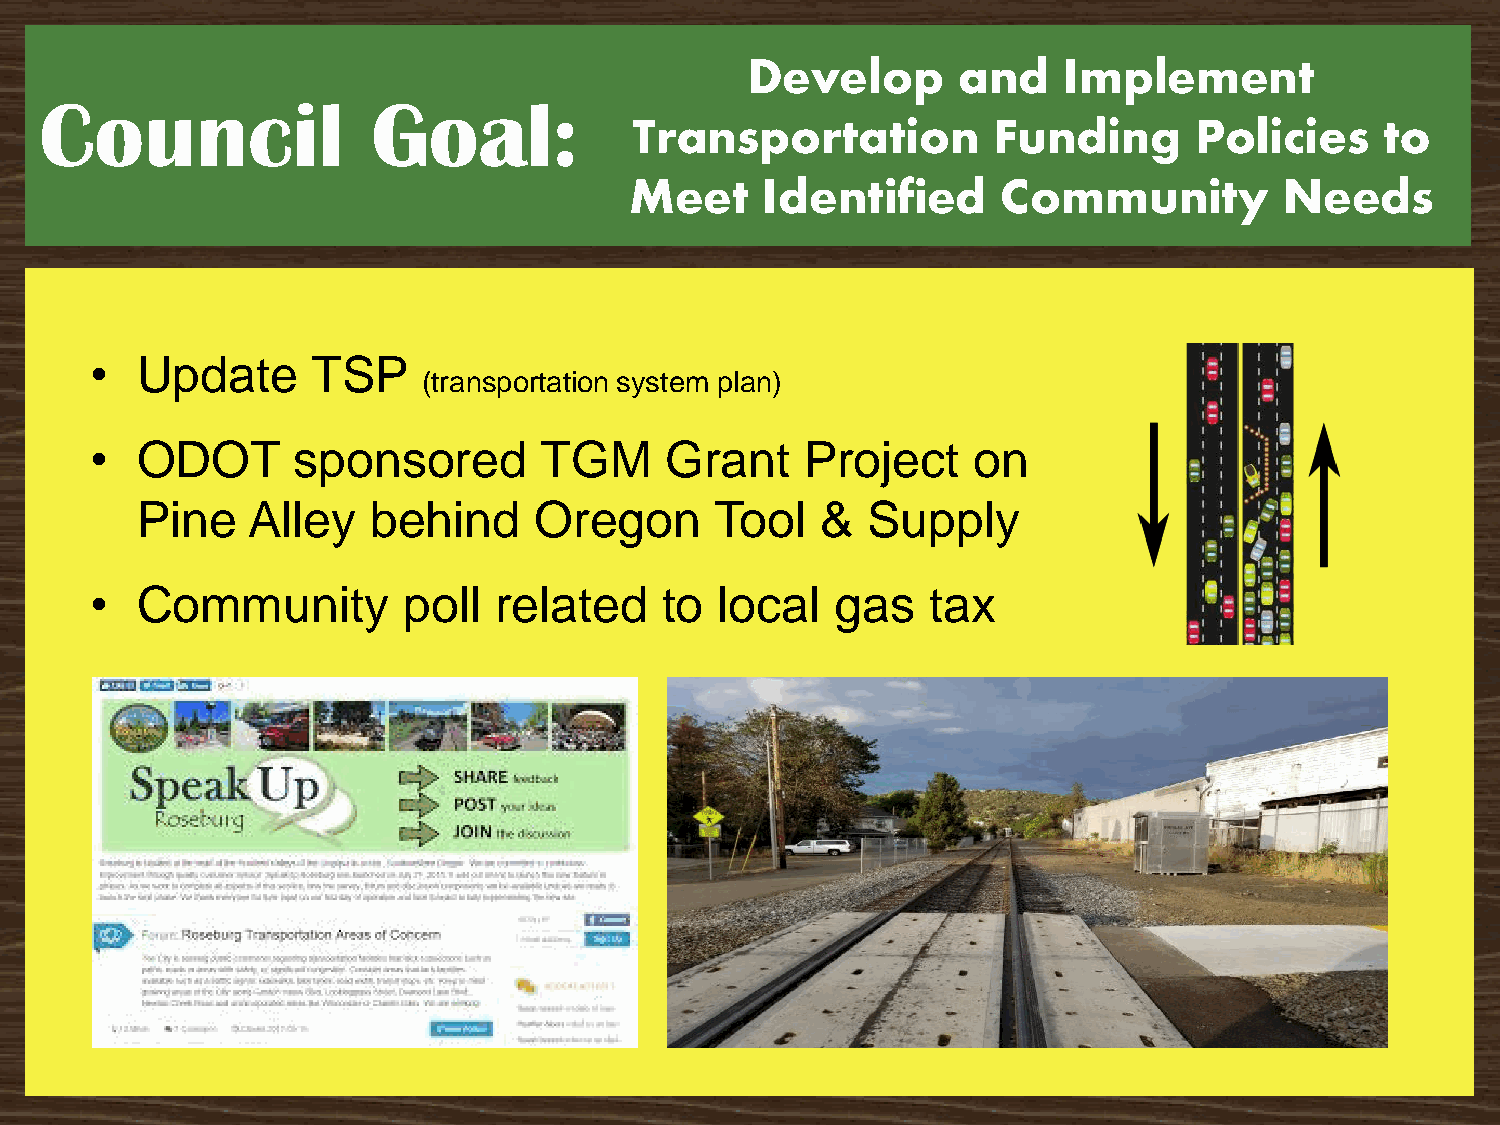
Develop      and    Implement
 Council               Goal:
 Transportation          Funding      Policies     to
 Meet    Identified      Community          Needs
 •  Update      TSP
 (transportation system plan)
 •  ODOT      sponsored        TGM     Grant    Project    on
 Pine   Alley    behind    Oregon      Tool   &  Supply
 •  Community         poll  related    to  local  gas    tax